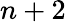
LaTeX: n+2